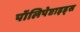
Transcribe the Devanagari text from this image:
पॉलिपेप्टाइड्स